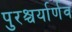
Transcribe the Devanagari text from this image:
पुरश्चर्यार्णव